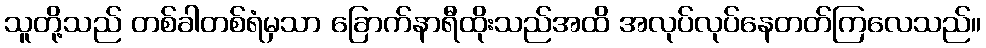
သူတို့သည် တစ်ခါတစ်ရံမှသာ ခြောက်နာရီထိုးသည်အထိ အလုပ်လုပ်နေတတ်ကြလေသည်။